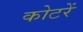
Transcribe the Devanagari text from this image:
कोटरें